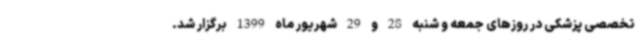
تخصصی پزشکی در روزهای جمعه و شنبه 28 و 29 شهریور ماه 1399 برگزار شد.